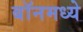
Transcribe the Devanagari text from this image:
बॉनमध्ये